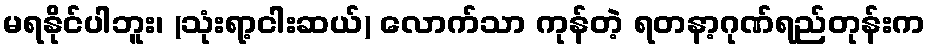
မရနိုင်ပါဘူး၊ (သုံးရာ့ငါးဆယ်) လောက်သာ ကုန်တဲ့ ရတနာ့ဂုဏ်ရည်တုန်းက